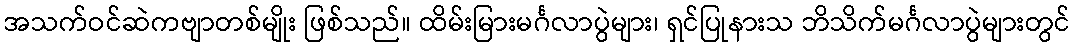
အသက်ဝင်ဆဲကဗျာတစ်မျိုး ဖြစ်သည်။ ထိမ်းမြားမင်္ဂလာပွဲများ၊ ရှင်ပြုနားသ ဘိသိက်မင်္ဂလာပွဲများတွင်